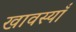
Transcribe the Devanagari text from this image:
खावस्याँ